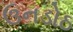
ઉનડોઠ